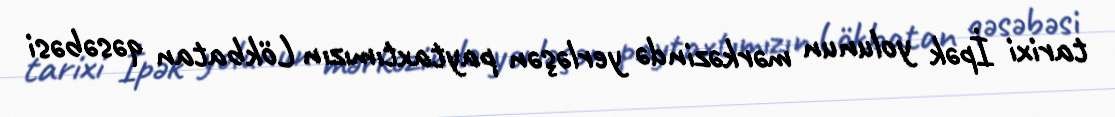
tarixi İpək yolunun mərkəzində yerləşən paytaxtımızın Lökbatan qəsəbəsi